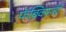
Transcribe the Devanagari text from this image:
फॅब्रिक्सची